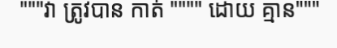
"""វា ត្រូវបាន កាត់ """" ដោយ គ្មាន"""